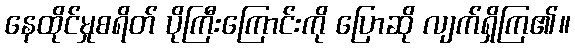
နေထိုင်မှုစရိတ် ပိုကြီးကြောင်းကို ပြောဆို လျက်ရှိကြ၏။